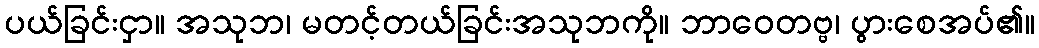
ပယ်ခြင်းငှာ။ အသုဘ၊ မတင့်တယ်ခြင်းအသုဘကို။ ဘာဝေတဗ္ဗ၊ ပွားစေအပ်၏။